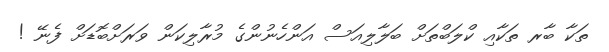
ތަކާ ބާރ ތަކާއި ކްލަބްތަށް ބަލާލިއަސް އަންހެނުންގެ މުރާލިކަން ވަރަށްބޮޑަށް ފެނޭ !